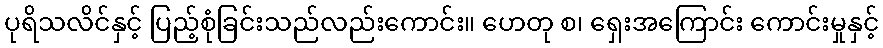
ပုရိသလိင်နှင့် ပြည့်စုံခြင်းသည်လည်းကောင်း။ ဟေတု စ၊ ရှေးအကြောင်း ကောင်းမှုနှင့်